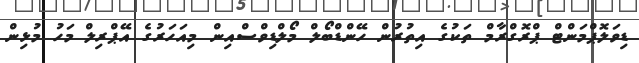
ޑިވަލޮޕްމަންޓް ޕްރޮގްރާމް ތަކުގެ އިތުރުން ހޭންޑްބޯލް މޯލްޑިވްސްއިން މިއަހަރުގެ އޭޕްރިލް މަހު މުޅިން